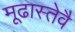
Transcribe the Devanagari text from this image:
मूढास्तेवै